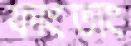
ফাংতাং